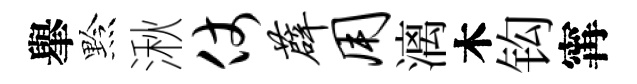
𦦙黔湫仗薜用漓木钩𡩋